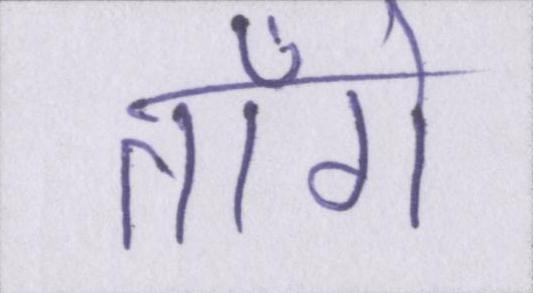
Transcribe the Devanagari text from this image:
ताँगे